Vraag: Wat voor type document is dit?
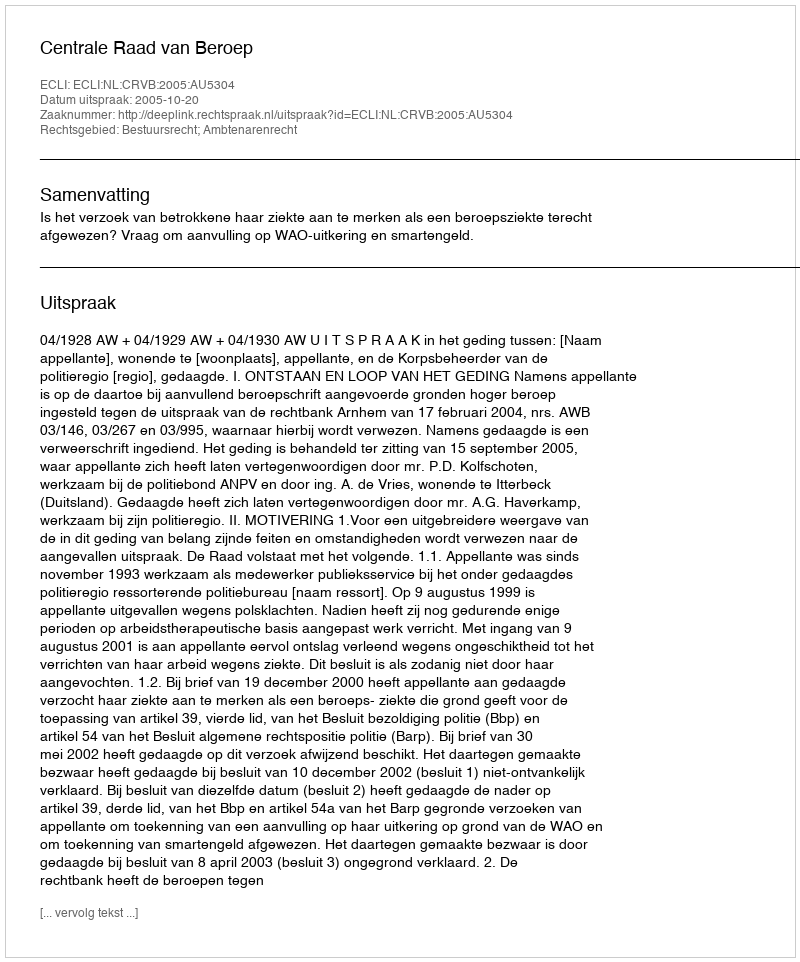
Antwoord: Uitspraak